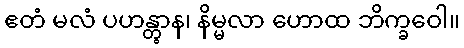
ဧတံ မလံ ပဟန္တွာန၊ နိမ္မလာ ဟောထ ဘိက္ခဝေါ။